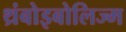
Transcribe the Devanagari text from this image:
थ्रंबोइबोलिज्म